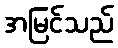
အမြင်သည်